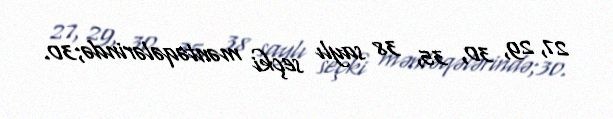
27, 29, 30, 35, 38 saylı seçki məntəqələrində;30.